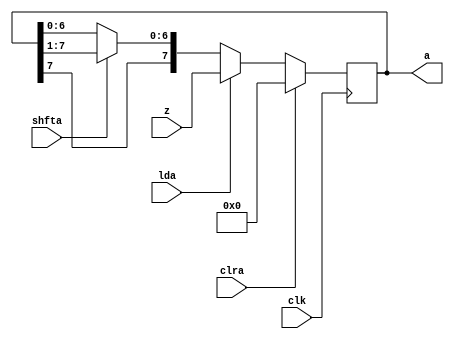
module accumulator(lda,clk,shfta,clra,z,a);
parameter N=8;
parameter alpha=3;
input lda,clk,shfta,clra;
input [N-1:0] z;
output reg [N-1:0]a;
always @(posedge clk)
if(clra) a[N-1:0]<=0;
else if(lda) a[N-1:0]<=z[N-1:0];
else if(shfta) a[N-1:0]<={a[N-1],a[N-1:1]};
endmodule

// module for multiplier
module multiplier(clk,ldq,data_inQ,shftq,clrq,prev,q);
parameter N=8;
parameter alpha=3;
input clk,ldq,shftq,clrq,prev;
input [N-1:0] data_inQ;
output reg [N-1:0] q;
always @(posedge clk)
if(clrq==1'b1) q[N-1:0]<=0;
else if(ldq==1'b1) q[N-1:0]<=data_inQ;
else if(shftq==1'b1) q[N-1:0]<={prev,q[N-1:1]};
endmodule

// module for qm1
module store(shftff,clk,clrff,prev,qm1);
input shftff,clk,clrff,prev;
output reg qm1;
always@(posedge clk)
if(clrff==1'b1) qm1<=1'b0;
else if(shftff==1'b1) qm1<=prev;
endmodule

// module for alu
module ALU(a,m,addsub,clk,z);
parameter N=8;
parameter alpha=3;
input [N-1:0] a,m;
input addsub,clk;
output reg [N-1:0] z;
always@(posedge clk)
if(addsub==1'b1) z[N-1:0]<= a[N-1:0]+m[N-1:0];
else if(addsub==1'b0) z[N-1:0]<=a[N-1:0]-m[N-1:0];
endmodule

// module for multiplicand
module multiplicand(ldm,clrm,clk,data_inM,m);
parameter N=8;
parameter alpha=3;
input ldm,clk,clrm;
input [N-1:0] data_inM;
output reg [N-1:0] m;
always@(posedge clk)
if(clrm==1'b1) m[N-1:0]<=0;
else if(ldm==1'b1) m[N-1:0]<=data_inM;
endmodule

// module for counter
module counter(clk,decr,ldcount,count);
parameter N=8;
parameter alpha=3;
input clk,decr,ldcount;
output reg[alpha:0]count;
always @(ldcount,decr)
if(ldcount==1'b1) count<=N;
else if(decr==1'b1) count <= count-1;
endmodule

//module for comparator
module comparator(clk,q0,qm1,comp,value);
input clk,q0,qm1,comp;
output reg[1:0] value;
always@(comp)
if(comp==1'b1) value<={q0,qm1};
endmodule 

// module for ans
module finalans(clk,a,q,ans);
parameter N=8;
parameter alpha=3;
input clk;
input [N-1:0] a,q;
output reg [(N+N)-1:0] ans;
always @(posedge clk)
ans[(N+N)-1:0]<={a,q};
endmodule

// mdoule for datapath

module datapath(clk,clra,lda,shfta,ldq,data_inQ,shftq,clrq,shftff,clrff,addsub,data_inM,ldm,clrm,ldcount,decr,comp,ans,count,value,a,q,qm1);
parameter N=8;
parameter alpha=3;
input clk,clra,lda,shfta,ldq,shftq,clrq,shftff,clrff,addsub,ldm,clrm,ldcount,decr,comp;
input [N-1:0] data_inQ,data_inM;
output wire [(N+N)-1:0] ans;
output wire[1:0] value;
output wire[alpha:0] count;
wire [N-1:0] z,m;
output [N-1:0] a,q;
output qm1;
finalans result(clk,a,q,ans);
comparator co(clk,q[0],qm1,comp,value);
counter cnt(clk,decr,ldcount,count);
multiplicand mut(ldm,clrm,clk,data_inM,m);
ALU alu(a,m,addsub,clk,z);
store str(shftff,clk,clrff,q[0],qm1);
multiplier mult(clk,ldq,data_inQ,shftq,clrq,a[0],q);
accumulator acc(lda,clk,shfta,clra,z,a);
endmodule

// module for controlpath

module controlpath(clk,clra,lda,shfta,ldq,data_inQ,shftq,clrq,shftff,clrff,addsub,data_inM,ldm,clrm,ldcount,decr,comp,count,value,start,state);
parameter N=8;
parameter alpha=3;
input [alpha:0] count;
input [1:0] value;
input start;
input clk;
output  reg clra,lda,shfta,ldq,shftq,clrq,shftff,clrff,addsub,ldm,clrm,ldcount,decr,comp;
input [N-1:0] data_inQ,data_inM;
parameter s0=3'b000,s1=3'b001,s2=3'b010,s3=3'b011,s4=3'b100,s5=3'b101,s6=3'b110,s7=3'b111;
output reg [2:0] state;

always @(posedge clk)
case(state)
    s0: if(start) state<=s1;
    s1: state<=s2;
    s2: if(value==2'b01) state<=s3;
        else if(value==2'b10) state<=s4;
        else state<=s5;
    s3: state<=s7;
    s4: state<=s7;
    s5: if(count==0) state<=s6;
        else state<=s2;
    s6: state<=s6;
    s7: state<=s5;
    default : state <= s0;
   endcase

always @(state)
case(state)
 s0 : begin
      clrm<=1'b1;
      clrq<=1'b1;
      clra<=1'b1;
      clrff<=1'b1;
      lda<=1'b0;
      shfta<=1'b0;
      ldq<=1'b0;
      shftq<=1'b0;
      shftff<=1'b0;
      addsub<=1'b0;
      ldm<=1'b0;
      ldcount<=1'b0;
      decr<=1'b0;
      comp<=1'b0;
      end
      
 s1: begin
     clrm<=1'b0;
     clrq<=1'b0;
     clra<=1'b0;
     clrff<=1'b0;
     ldq<=1'b1;
     ldm<=1'b1;
     ldcount<=1'b1;
     end

 s2: begin
     ldm<=1'b0;
     ldcount<=1'b0;
     ldq<=1'b0;
     shfta<=1'b0;
     shftq<=1'b0;
     shftff<=1'b0;
     comp<=1'b1;
     decr<=1'b0;
     end
 s3: begin
        comp<=1'b0;
        addsub<=1'b1;
     end
 s4: begin
        comp=1'b0;
        addsub=1'b0;
     end
 s5: begin
        comp<=1'b0;
        shfta<=1'b1;
        shftq<=1'b1;
        shftff<=1'b1;
        decr<=1'b1;
        lda<=1'b0;
     end
  s6: begin
        clrm<=1'b1;
        clrq<=1'b0;
        clra<=1'b0;
        clrff<=1'b0;
        lda<=1'b0;
        shfta<=1'b0;
        ldq<=1'b0;
        shftq<=1'b0;
        shftff<=1'b0;
        addsub<=1'b0;
        ldm<=1'b0;
        ldcount<=1'b0;
        decr<=1'b0;
        comp<=1'b0;
      end
  s7:  begin
       lda<=1'b1;
          end
  default: begin
            clrm<=1'b1;
        clrq<=1'b1;
        clra<=1'b1;
        clrff<=1'b1;
        lda<=1'b0;
        shfta<=1'b0;
        ldq<=1'b0;
        shftq<=1'b0;
        shftff<=1'b0;
        addsub<=1'b0;
        ldm<=1'b0;
        ldcount<=1'b0;
        decr<=1'b0;
        comp<=1'b0;
           end
endcase
endmodule